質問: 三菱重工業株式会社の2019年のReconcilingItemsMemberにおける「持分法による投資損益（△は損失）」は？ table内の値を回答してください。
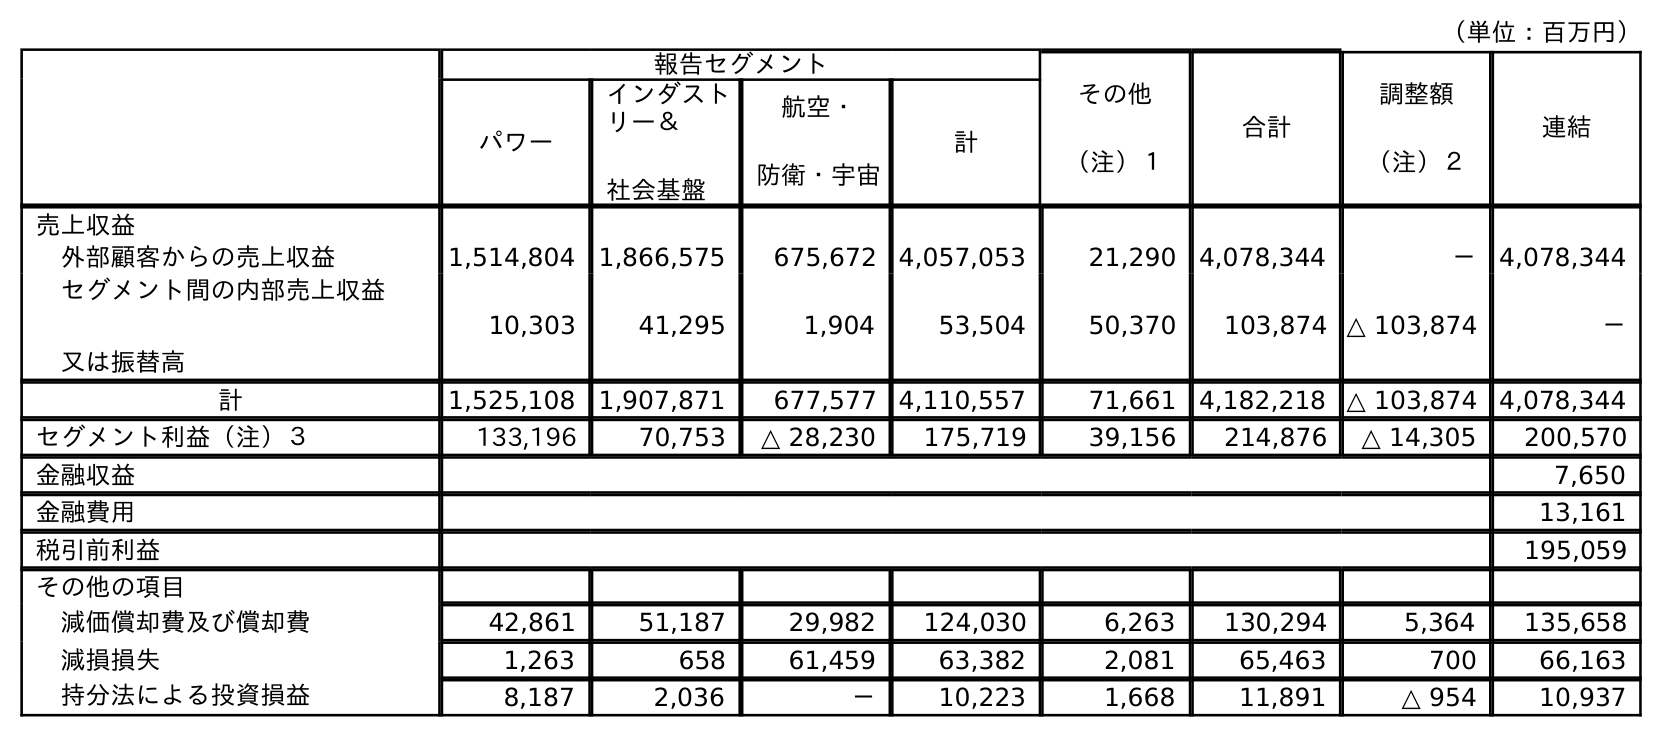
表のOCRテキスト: （単位：百万円） 報告セグメント その他 （注）１ 合計 調整額 （注）２ 連結 パワー インダスト リー＆ 社会基盤 航空・ 防衛・宇宙 計 売上収益 外部顧客からの売上収益 1,514,804 1,866,575 675,672 4,057,053 21,290 4,078,344 － 4,078,344 セグメント間の内部売上収益 又は振替高 10,303 41,295 1,904 53,504 50,370 103,874 △ 103,874 － 計 1,525,108 1,907,871 677,577 4,110,557 71,661 4,182,218 △ 103,874 4,078,344 セグメント利益（注）３ 133,196 70,753 △ 28,230 175,719 39,156 214,876 △ 14,305 200,570 金融収益 7,650 金融費用 13,161 税引前利益 195,059 その他の項目 減価償却費及び償却費 42,861 51,187 29,982 124,030 6,263 130,294 5,364 135,658 減損損失 1,263 658 61,459 63,382 2,081 65,463 700 66,163 持分法による投資損益 8,187 2,036 － 10,223 1,668 11,891 △ 954 10,937
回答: △954